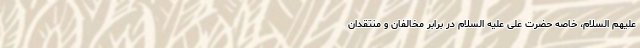
علیهم السلام، خاصه حضرت علی علیه السلام در برابر مخالفان و منتقدان